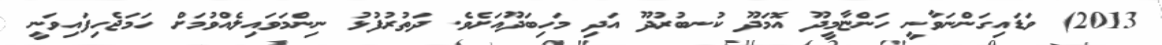
2013) ވަޑައިގަންނަވާނީ ހަންޏާމީދޫ އޮމަދޫ ކުނބުރުދޫ އަދި މަހިބަދޫއަށެވެ. ދަތުރުފުޅު ނިންމަވައިލެއްވުމަށް ހަމަޖެހިފައިވަނީ